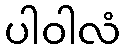
ပါဝါလံ